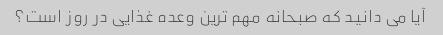
آیا می دانید که صبحانه مهم ترین وعده غذایی در روز است؟